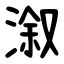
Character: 溆